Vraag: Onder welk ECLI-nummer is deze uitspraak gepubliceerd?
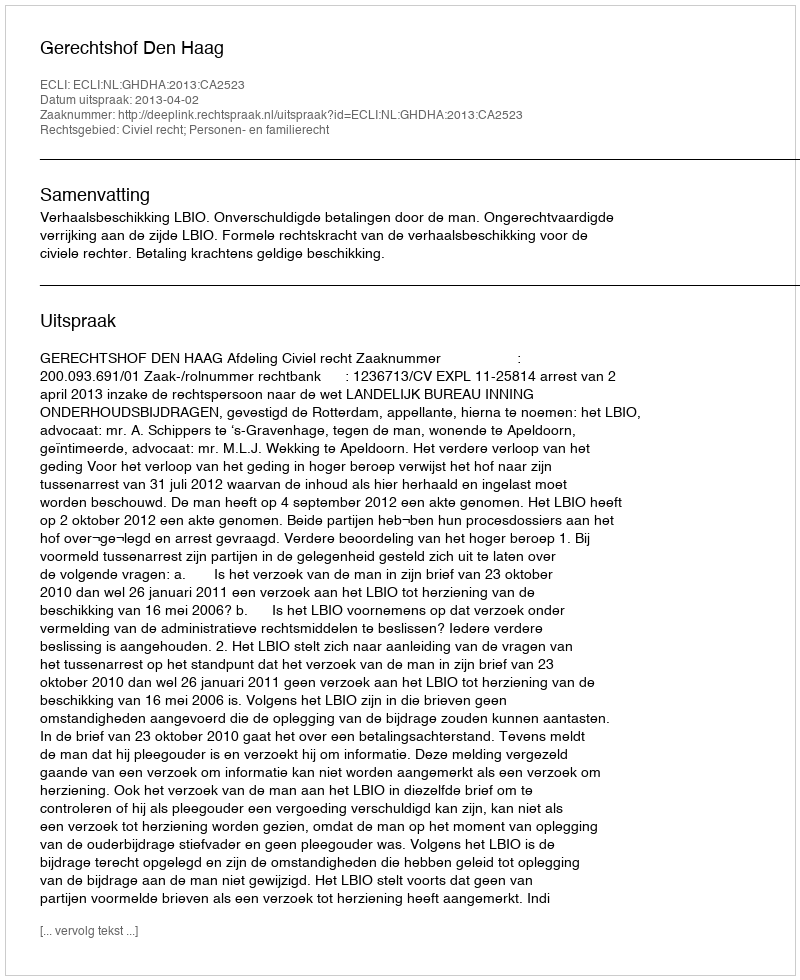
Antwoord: ECLI:NL:GHDHA:2013:CA2523